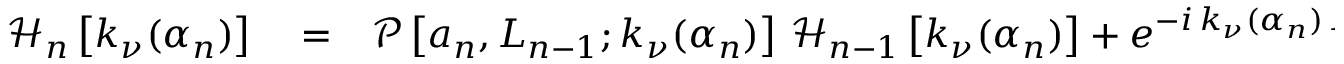
\begin{array} { r l r } { \mathcal { H } _ { n } \left[ k _ { \nu } ( \alpha _ { n } ) \right] } & { { } = } & { \mathcal { P } \left[ a _ { n } , L _ { n - 1 } ; k _ { \nu } ( \alpha _ { n } ) \right] \, \mathcal { H } _ { n - 1 } \left[ k _ { \nu } ( \alpha _ { n } ) \right] + e ^ { - i \, k _ { \nu } ( \alpha _ { n } ) \, L _ { n - 1 } } \, \mathcal { H } _ { n - 2 } \left[ k _ { \nu } ( \alpha _ { n } ) \right] } \end{array}